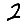
Digit: 2